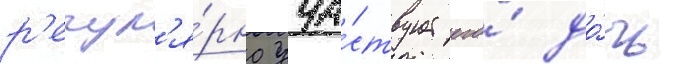
р'егул'я́рно уча́ствует его́ до́чь